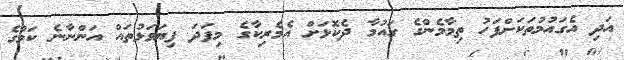
އަދި އެގައުމުތަކަށްފަހު ތިމާމެންގެ ގައުމާ ދެކޮޅަށް އެމެރިކާގެ މިފަދަ ފިޔަވަޅުތައް އަންނާނެ ކަމުގެ